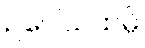
ဥပေါသထမ္ပိ